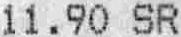
11.90 SR